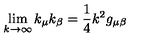
\lim _ { k \rightarrow \infty } k _ { \mu } k _ { \beta } = \frac { 1 } { 4 } k ^ { 2 } g _ { \mu \beta }